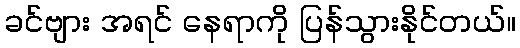
ခင်ဗျား အရင် နေရာကို ပြန်သွားနိုင်တယ်။